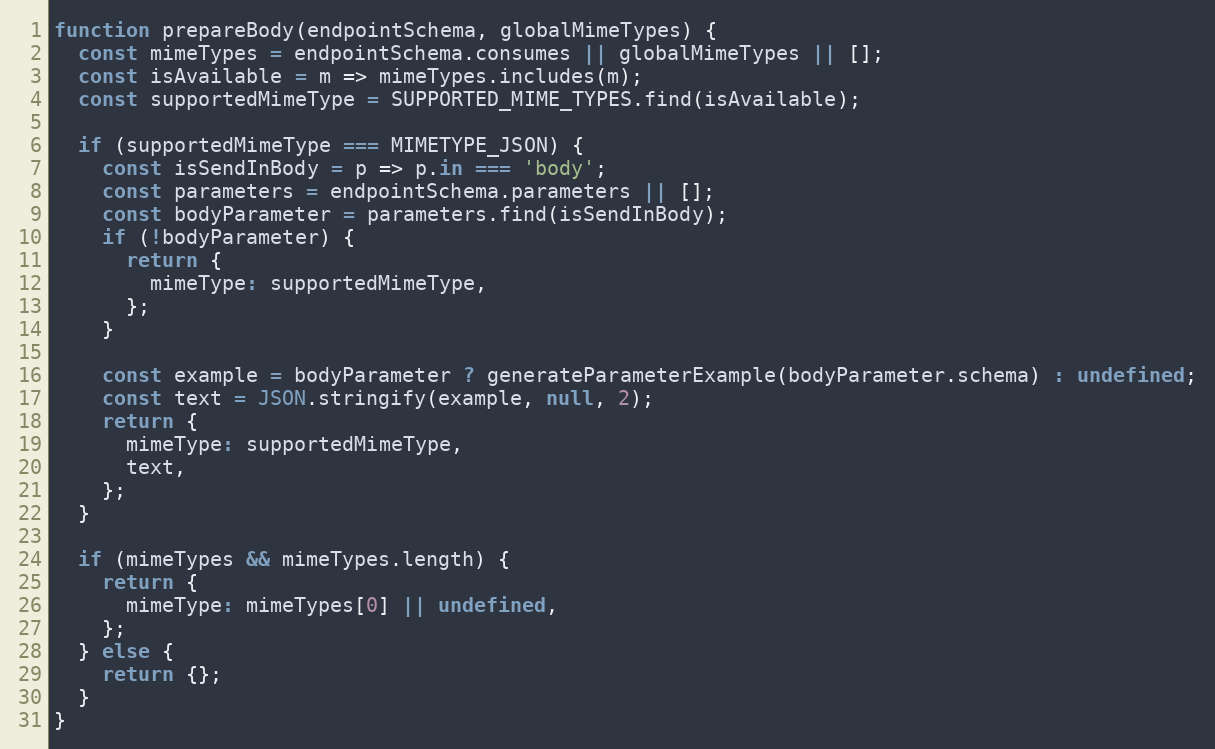
Language: JavaScript
function prepareBody(endpointSchema, globalMimeTypes) {
  const mimeTypes = endpointSchema.consumes || globalMimeTypes || [];
  const isAvailable = m => mimeTypes.includes(m);
  const supportedMimeType = SUPPORTED_MIME_TYPES.find(isAvailable);

  if (supportedMimeType === MIMETYPE_JSON) {
    const isSendInBody = p => p.in === 'body';
    const parameters = endpointSchema.parameters || [];
    const bodyParameter = parameters.find(isSendInBody);
    if (!bodyParameter) {
      return {
        mimeType: supportedMimeType,
      };
    }

    const example = bodyParameter ? generateParameterExample(bodyParameter.schema) : undefined;
    const text = JSON.stringify(example, null, 2);
    return {
      mimeType: supportedMimeType,
      text,
    };
  }

  if (mimeTypes && mimeTypes.length) {
    return {
      mimeType: mimeTypes[0] || undefined,
    };
  } else {
    return {};
  }
}